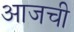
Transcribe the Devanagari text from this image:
अाजची